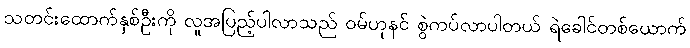
သတင်းထောက်နှစ်ဦးကို လူအပြည့်ပါလာသည် ဝမ်ဟုနင် စွဲကပ်လာပါတယ် ရဲခေါင်တစ်ယောက်